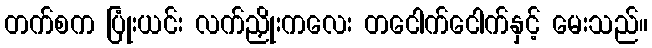
တက်စက ပြုံးယင်း လက်ညှိုးကလေး တငေါက်ငေါက်နှင့် မေးသည်။